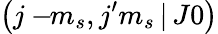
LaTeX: \left(j-\! \! m_{s},j^{\prime}m_{s}\, |\, J0\right)